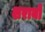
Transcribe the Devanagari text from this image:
शराबो